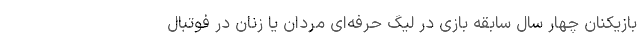
بازیکنان چهار سال سابقه بازی در لیگ حرفه‌ای مردان یا زنان در فوتبال